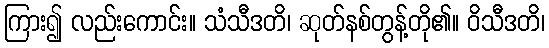
ကြား၍ လည်းကောင်း။ သံသီဒတိ၊ ဆုတ်နစ်တွန့်တို၏။ ဝိသီဒတိ၊